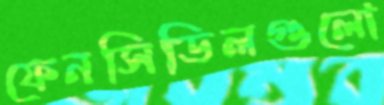
ফেনসিডিলগুলো